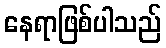
နေရာဖြစ်ပါသည်